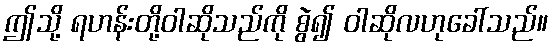
ဤသို့ ရဟန်းတို့ဝါဆိုသည်ကို စွဲ၍ ဝါဆိုလဟုခေါ်သည်။